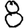
Digit: 8